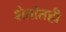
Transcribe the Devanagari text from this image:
शेतांतही